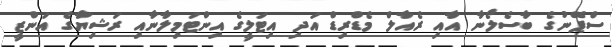
ސްޕޭނުގެ ބާސެލޯނާ އާއި ރެއާލް މެޑްރިޑް އަދި އިޓަލީގެ އިންޓަމިލާނާއި ރަޝިޔާގެ އަންޒީ